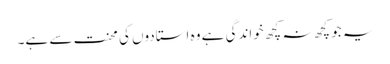
یہ جو کچھ نہ کچھ خواندگی ہے وہ استادوں کی محنت سے ہے۔